Vana-Kasaritsa_(Kasaritsa)_vallavalitsus, lk 26
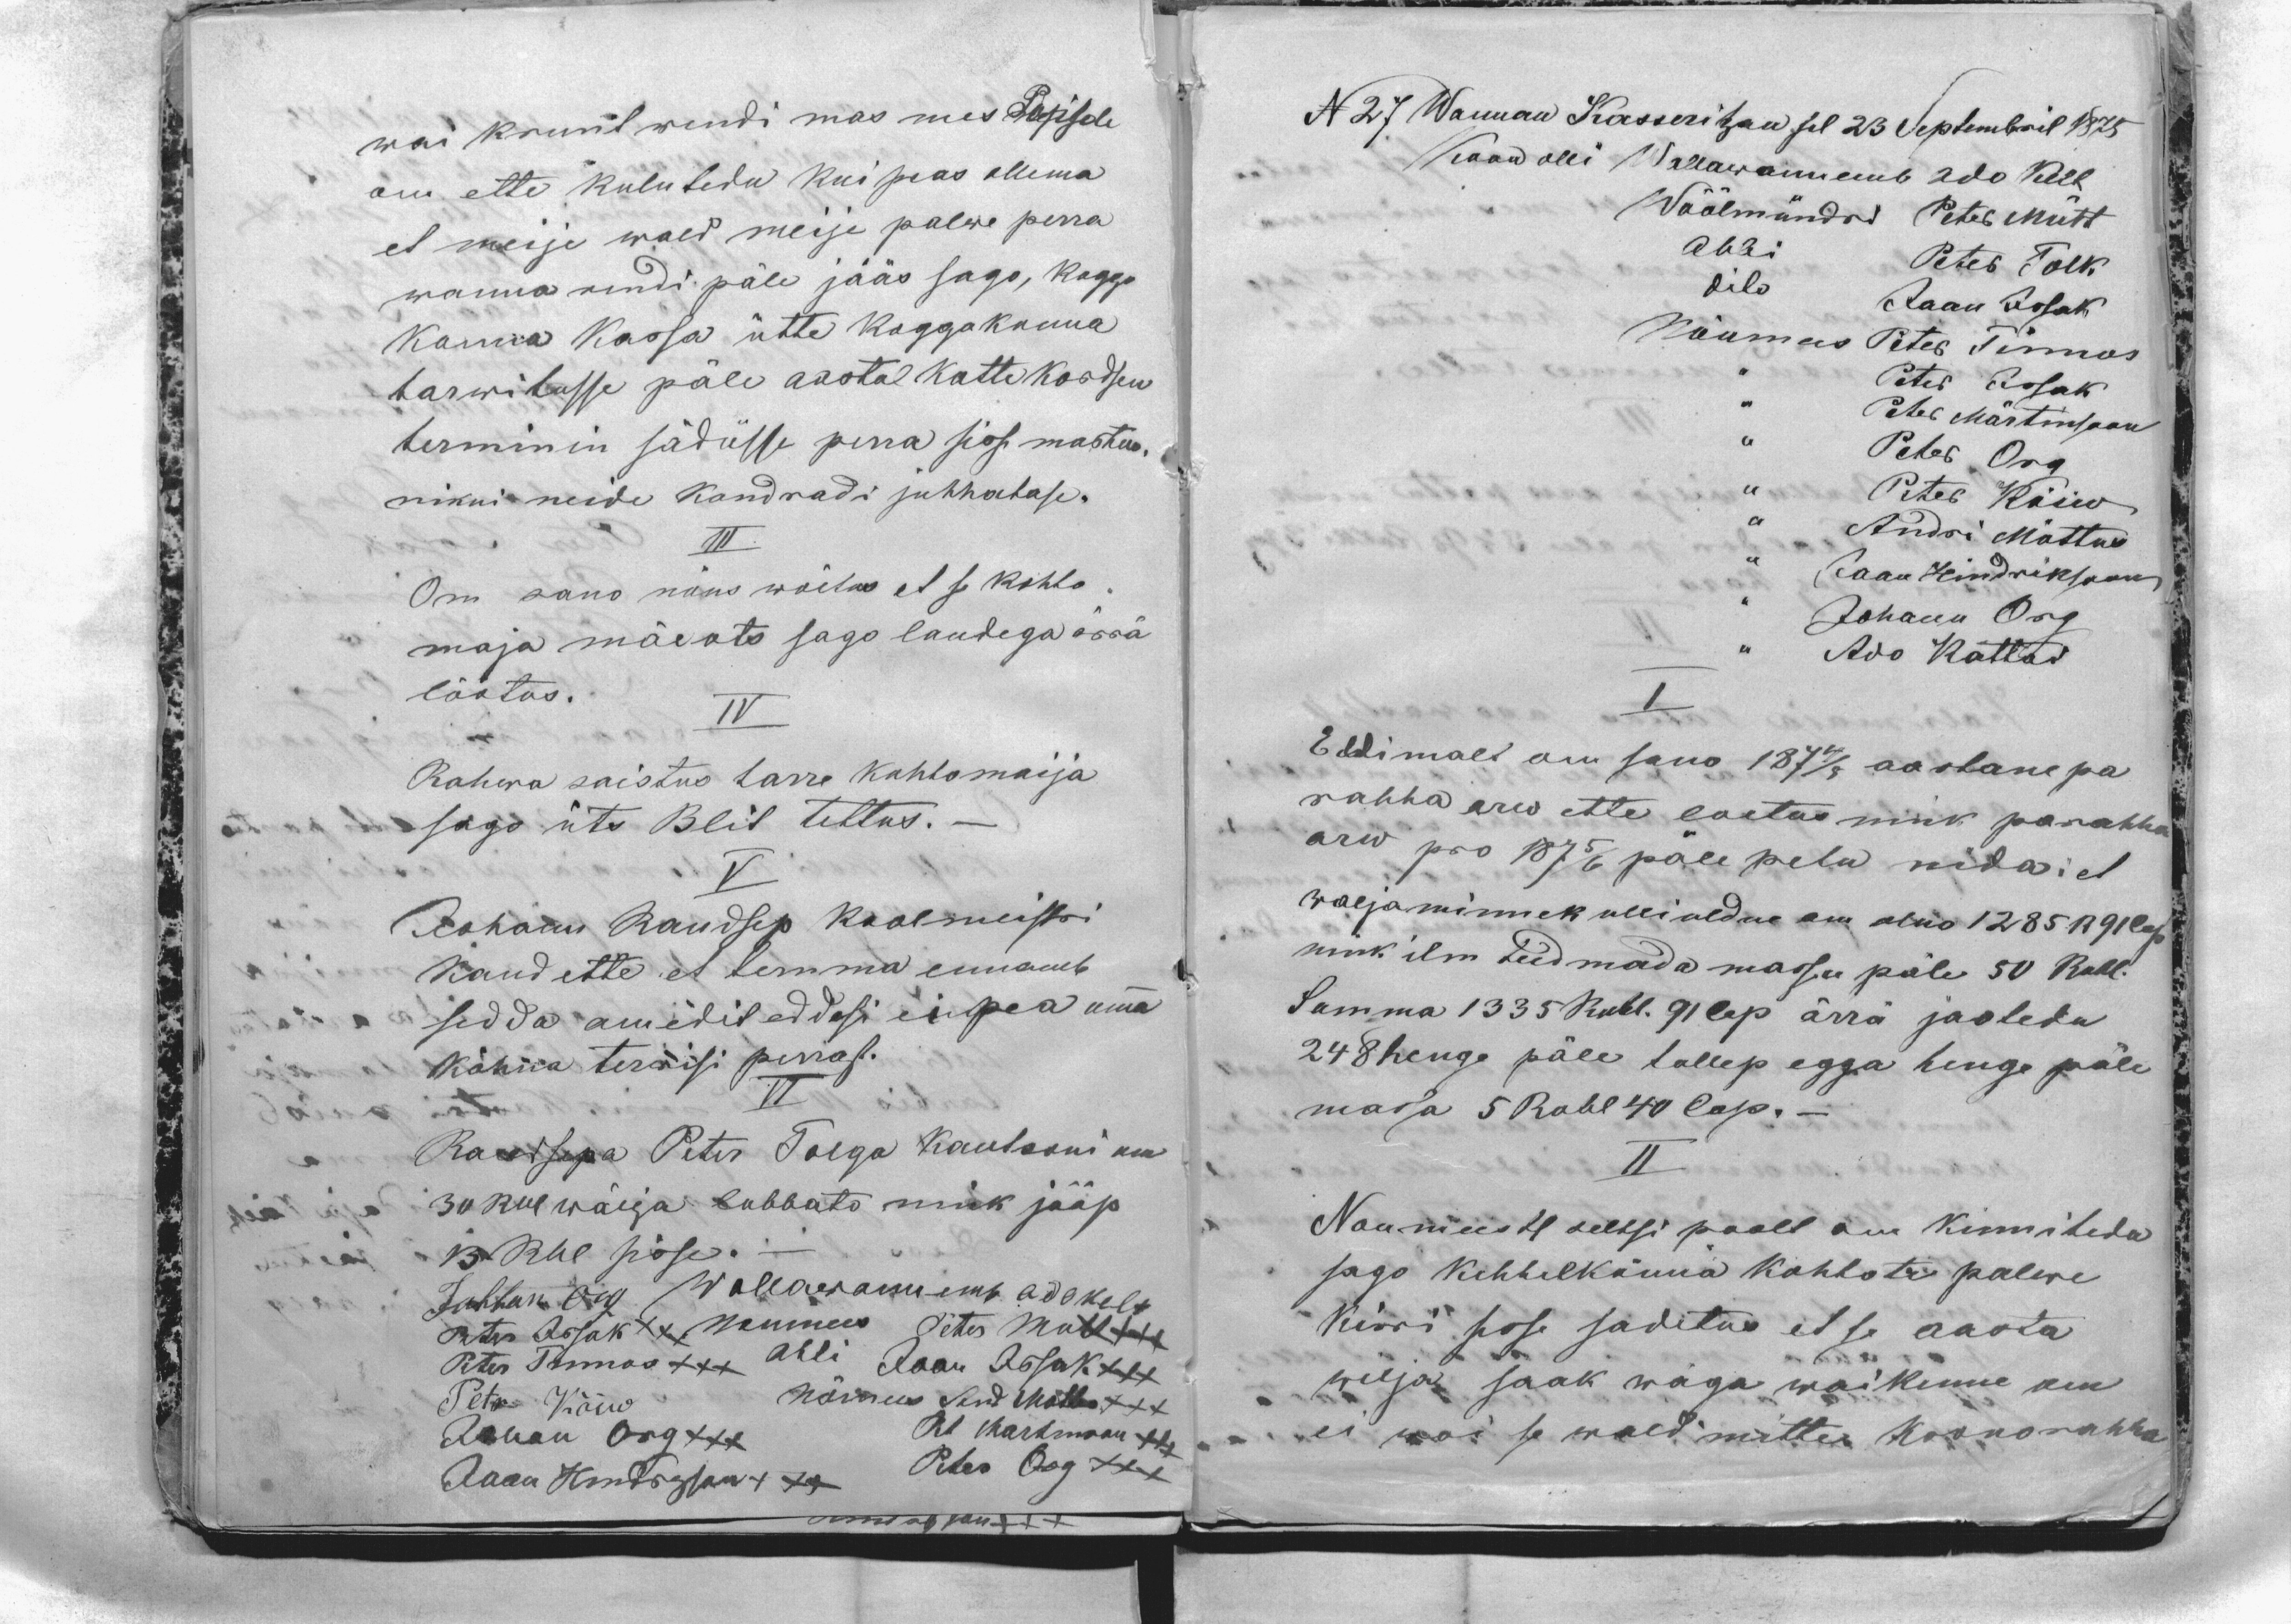
wai krunt rendi mas mes Popisele
om ette kulutedu kui peas ollema
et meije wald meije palwe perra
wanna rendi päle jääs sago, koggo
konna kassa ütte koggokonna
tarwitusse päle aastal katte kordsen
terminin sädüsse perra sisse mastus.
nikui neide kondradi juhhatase.
III
Om sano nõus wõetus et se kohto-
maja mäeots sago laudega ärrä
löötus.
IV
Rahwa saistus tarre kohtomaija
sago üts Blit tettus._
V
Johann Raudsep koolmeisri
kand ette et temma ennamb
sedda amedit eddesi ei pea omma
kõhna terwisi perrast.
VI
Raudsepa Peter Tolga kautsoni om
30 Rbl wälja lubbato nink jääp
13 Rbl sisse._
Johhan Org
Wallawannemb Ado Kelt
Peter Issak XXX
Noumees Peter Mutt XXX
Peter Tinnos XXX
Abbi Jaan Issak XXX
Peter Kõiw
Nõumees And Mõttus XXX
Johan Org XXX
Pet Martinson XXX
Jaan Hendrigson XXX
Peter Org

N 27 Wannan Kasseritzan sel 23 Septembril 1875
Koon olli Wallawannemb Ado Kelt
Wöölmündri Peter Mütt
Abbi Peter Tolk
dito  Jaan Issak
Nõumees Peter Tinnos
,, Peter Issak
,, Peter Märtinsoon
,, Peter Org
,, Peter Kõiw
,, Andri Miõttus
,, Jaan Hindriksoon
,, Johann Org
,, Ado Kattai
I
Eddimalt om sano 1874/5 aastane pa
rahha arw ette loetus nink parahha
arw pro 1875/6 päle petu nida et
waljaminnek ulliuldne om olno 1285 R 91 Cop
nink ilm teedmada massu päle 50 Rubl.
Summa 1335 Rubl. 91 Cop ärrä jaotedu
248 henge päle tullep egga henge päle
massa 5 Rubl 40 Cop. -
II
Noumeeste seltsi poolt om kinnitedu
sago kihhelkonna kohtote palwe
kirri sisse sadetus et se aasta
wilja saak wäga waikenne om
ei woi se wald mitte kronorahha